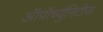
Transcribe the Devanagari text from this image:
ऑपॉर्च्युनिटीज